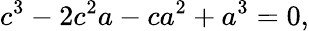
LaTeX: c^{3}-2c^{2}a-ca^{2}+a^{3}=0,